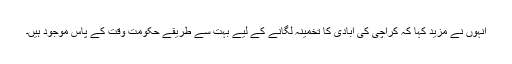
انہوں نے مزید کہا کہ کراچی کی آبادی کا تخمینہ لگانے کے لیے بہت سے طریقے حکومت وقت کے پاس موجود ہیں۔